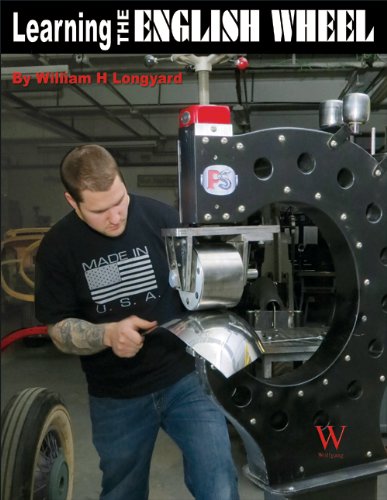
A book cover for Learning the English Wheel; William Longyard; Engineering & Transportation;